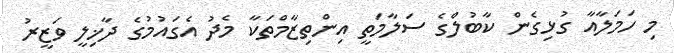
މި ހަމަލާއާ ގުޅިގެން ކާބުލްގެ ސަލާމަތީ އިންތިޒާމްތަކާ މެދު އެގައުމުގެ ދާޚިލީ ވަޒީރު